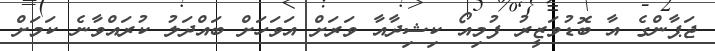
ޖަޕާންގެ އާ ބޮޑުވަޒީރު ފުމިއޯ ކިޝިދާއާ ވަރަށް އަވަހަށް ބައްދަލު ކުރައްވާނެ ކަމަށް